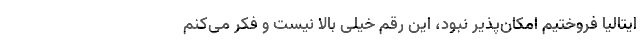
ایتالیا فروختیم امکان‌پذیر نبود، این رقم خیلی بالا نیست و فکر می‌کنم